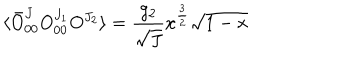
\langle \bar { O } _ { 0 0 } ^ { J } O _ { 0 0 } ^ { J _ { 1 } } O ^ { J _ { 2 } } \rangle = \frac { g _ { 2 } } { \sqrt { J } } x ^ { \frac { 3 } { 2 } } \sqrt { 1 - x }